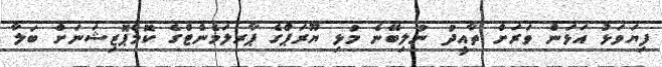
ފިޔަވަޅު އަަޅަން ވަރަށް ތާއީދު ނުލިބޭނެ މުޅި ޔޫރަޕްގެ ޕާރލަމެންޓްގެ ކޮމްޕޮޒިޝަނަށް ބަލާ